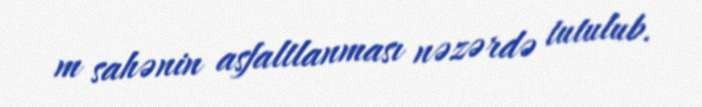
m sahənin asfaltlanması nəzərdə tutulub.